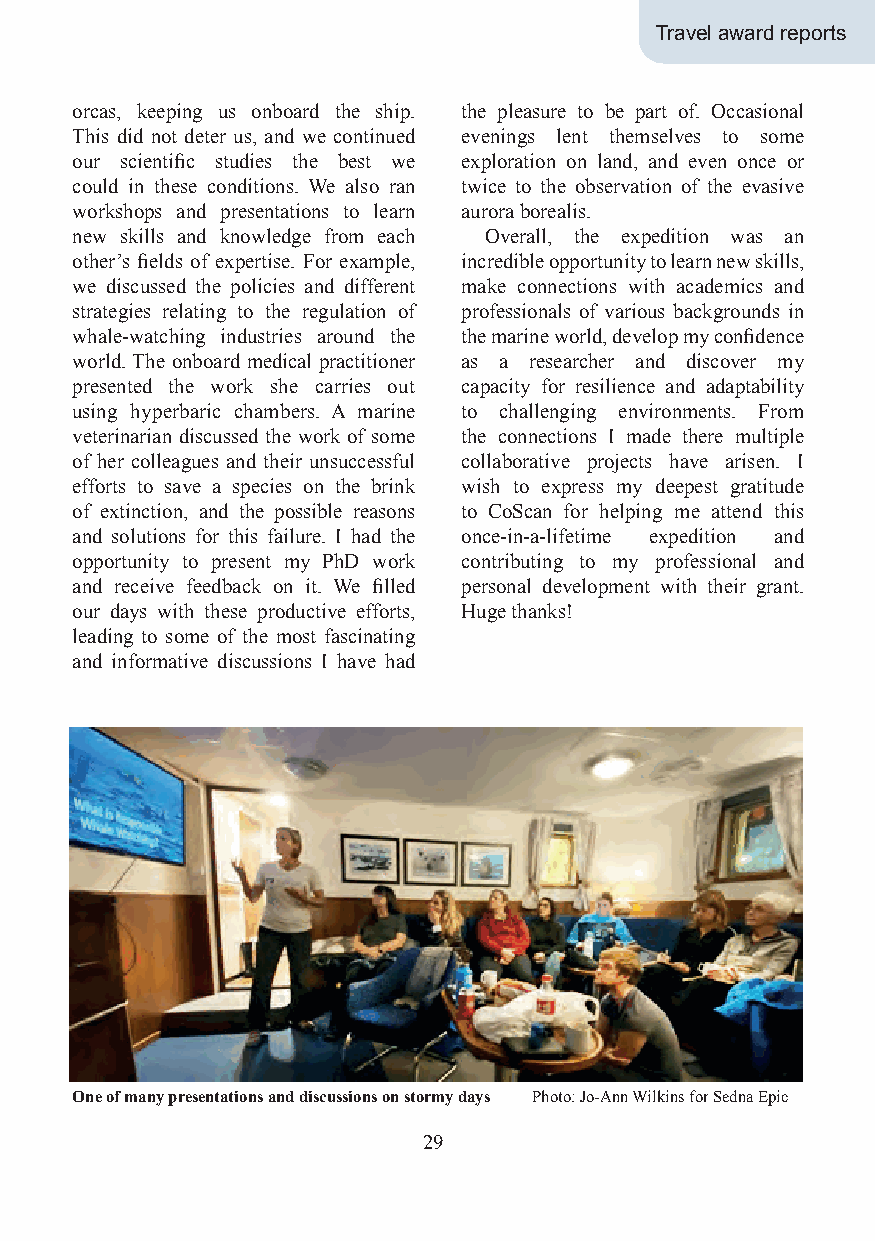
Travel award reports
 orcas, keeping us onboard the ship. the pleasure to be part of. Occasional
 This did not deter us, and we continued evenings lent themselves to some
 our scientific studies the best we exploration on land, and even once or
 could in these conditions. We also ran twice to the observation of the evasive
 workshops and presentations to learn aurora borealis.
 new skills and knowledge from each Overall, the expedition was an
 other’s fields of expertise. For example, incredible opportunity to learn new skills,
 we discussed the policies and different make connections with academics and
 strategies relating to the regulation of professionals of various backgrounds in
 whale-watching industries around the the marine world, develop my confidence
 world. The onboard medical practitioner as a researcher and discover my
 presented the work she carries out capacity for resilience and adaptability
 using hyperbaric chambers. A marine to challenging environments. From
 veterinarian discussed the work of some the connections I made there multiple
 of her colleagues and their unsuccessful collaborative projects have arisen. I
 efforts to save a species on the brink wish to express my deepest gratitude
 of extinction, and the possible reasons to CoScan for helping me attend this
 and solutions for this failure. I had the once-in-a-lifetime expedition and
 opportunity to present my PhD work contributing to my professional and
 and receive feedback on it. We filled personal development with their grant.
 our days with these productive efforts, Huge thanks!
 leading to some of the most fascinating
 and informative discussions I have had
 One of many presentations and discussions on stormy days Photo: Jo-Ann Wilkins for Sedna Epic
 29